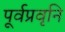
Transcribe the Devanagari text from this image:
पूर्वप्रवृनि